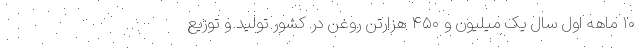
۱۰ ماهه اول سال یک میلیون و ۴۵۰ هزارتن روغن در کشور تولید و توزیع